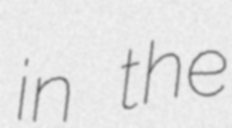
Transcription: in the